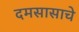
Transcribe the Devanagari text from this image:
दमसासाचे